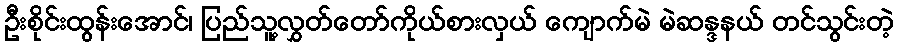
ဦးစိုင်းထွန်းအောင်၊ ပြည်သူ့လွှတ်တော်ကိုယ်စားလှယ် ကျောက်မဲ မဲဆန္ဒနယ် တင်သွင်းတဲ့